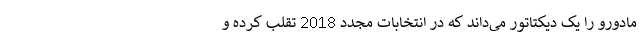
مادورو را یک دیکتاتور می‌داند که در انتخابات مجدد 2018 تقلب کرده و